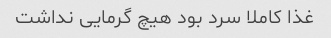
غذا کاملا سرد بود هیچ گرمایی نداشت